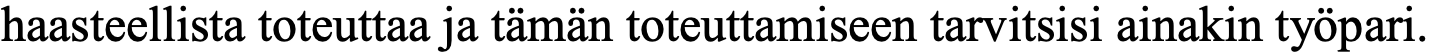
haasteellista toteuttaa ja tämän toteuttamiseen tarvitsisi ainakin työpari.